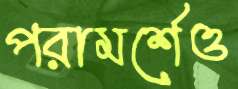
পরামর্শেও